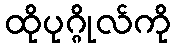
ထိုပုဂ္ဂိုလ်ကို